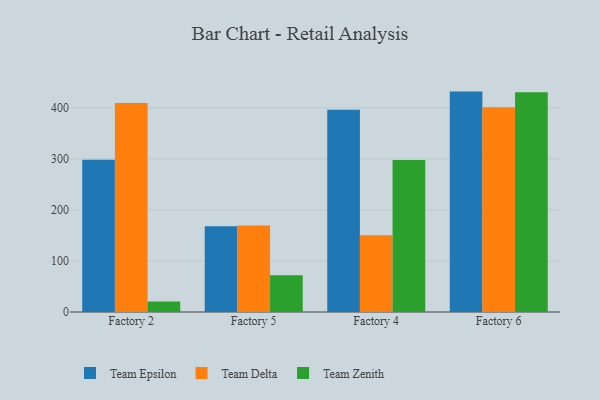
{"axis": {"x": "Factory", "y": "Website Visitors"}, "legend": ["Team Delta", "Team Epsilon", "Team Zenith"], "data": [{"x": "Factory 2", "y": 298.0, "type": "Team Epsilon"}, {"x": "Factory 2", "y": 409.3, "type": "Team Delta"}, {"x": "Factory 2", "y": 20.7, "type": "Team Zenith"}, {"x": "Factory 5", "y": 167.8, "type": "Team Epsilon"}, {"x": "Factory 5", "y": 169.3, "type": "Team Delta"}, {"x": "Factory 5", "y": 72.0, "type": "Team Zenith"}, {"x": "Factory 4", "y": 396.1, "type": "Team Epsilon"}, {"x": "Factory 4", "y": 150.3, "type": "Team Delta"}, {"x": "Factory 4", "y": 297.5, "type": "Team Zenith"}, {"x": "Factory 6", "y": 431.7, "type": "Team Epsilon"}, {"x": "Factory 6", "y": 401.1, "type": "Team Delta"}, {"x": "Factory 6", "y": 430.5, "type": "Team Zenith"}]}